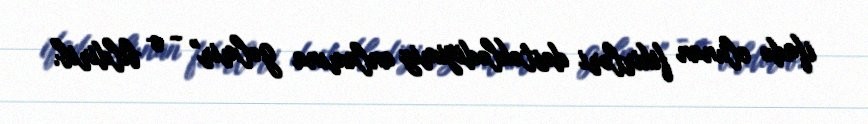
ifadə olunan fikirləri dəstəklədiyimiz anlamına gəlmir" - o bildirib.